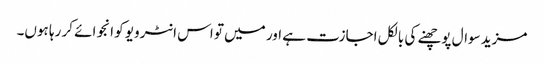
مزید سوال پوچھنے کی بالکل اجازت ہے اور میں تو اس انٹرویو کو انجوائے کر رہا ہوں۔